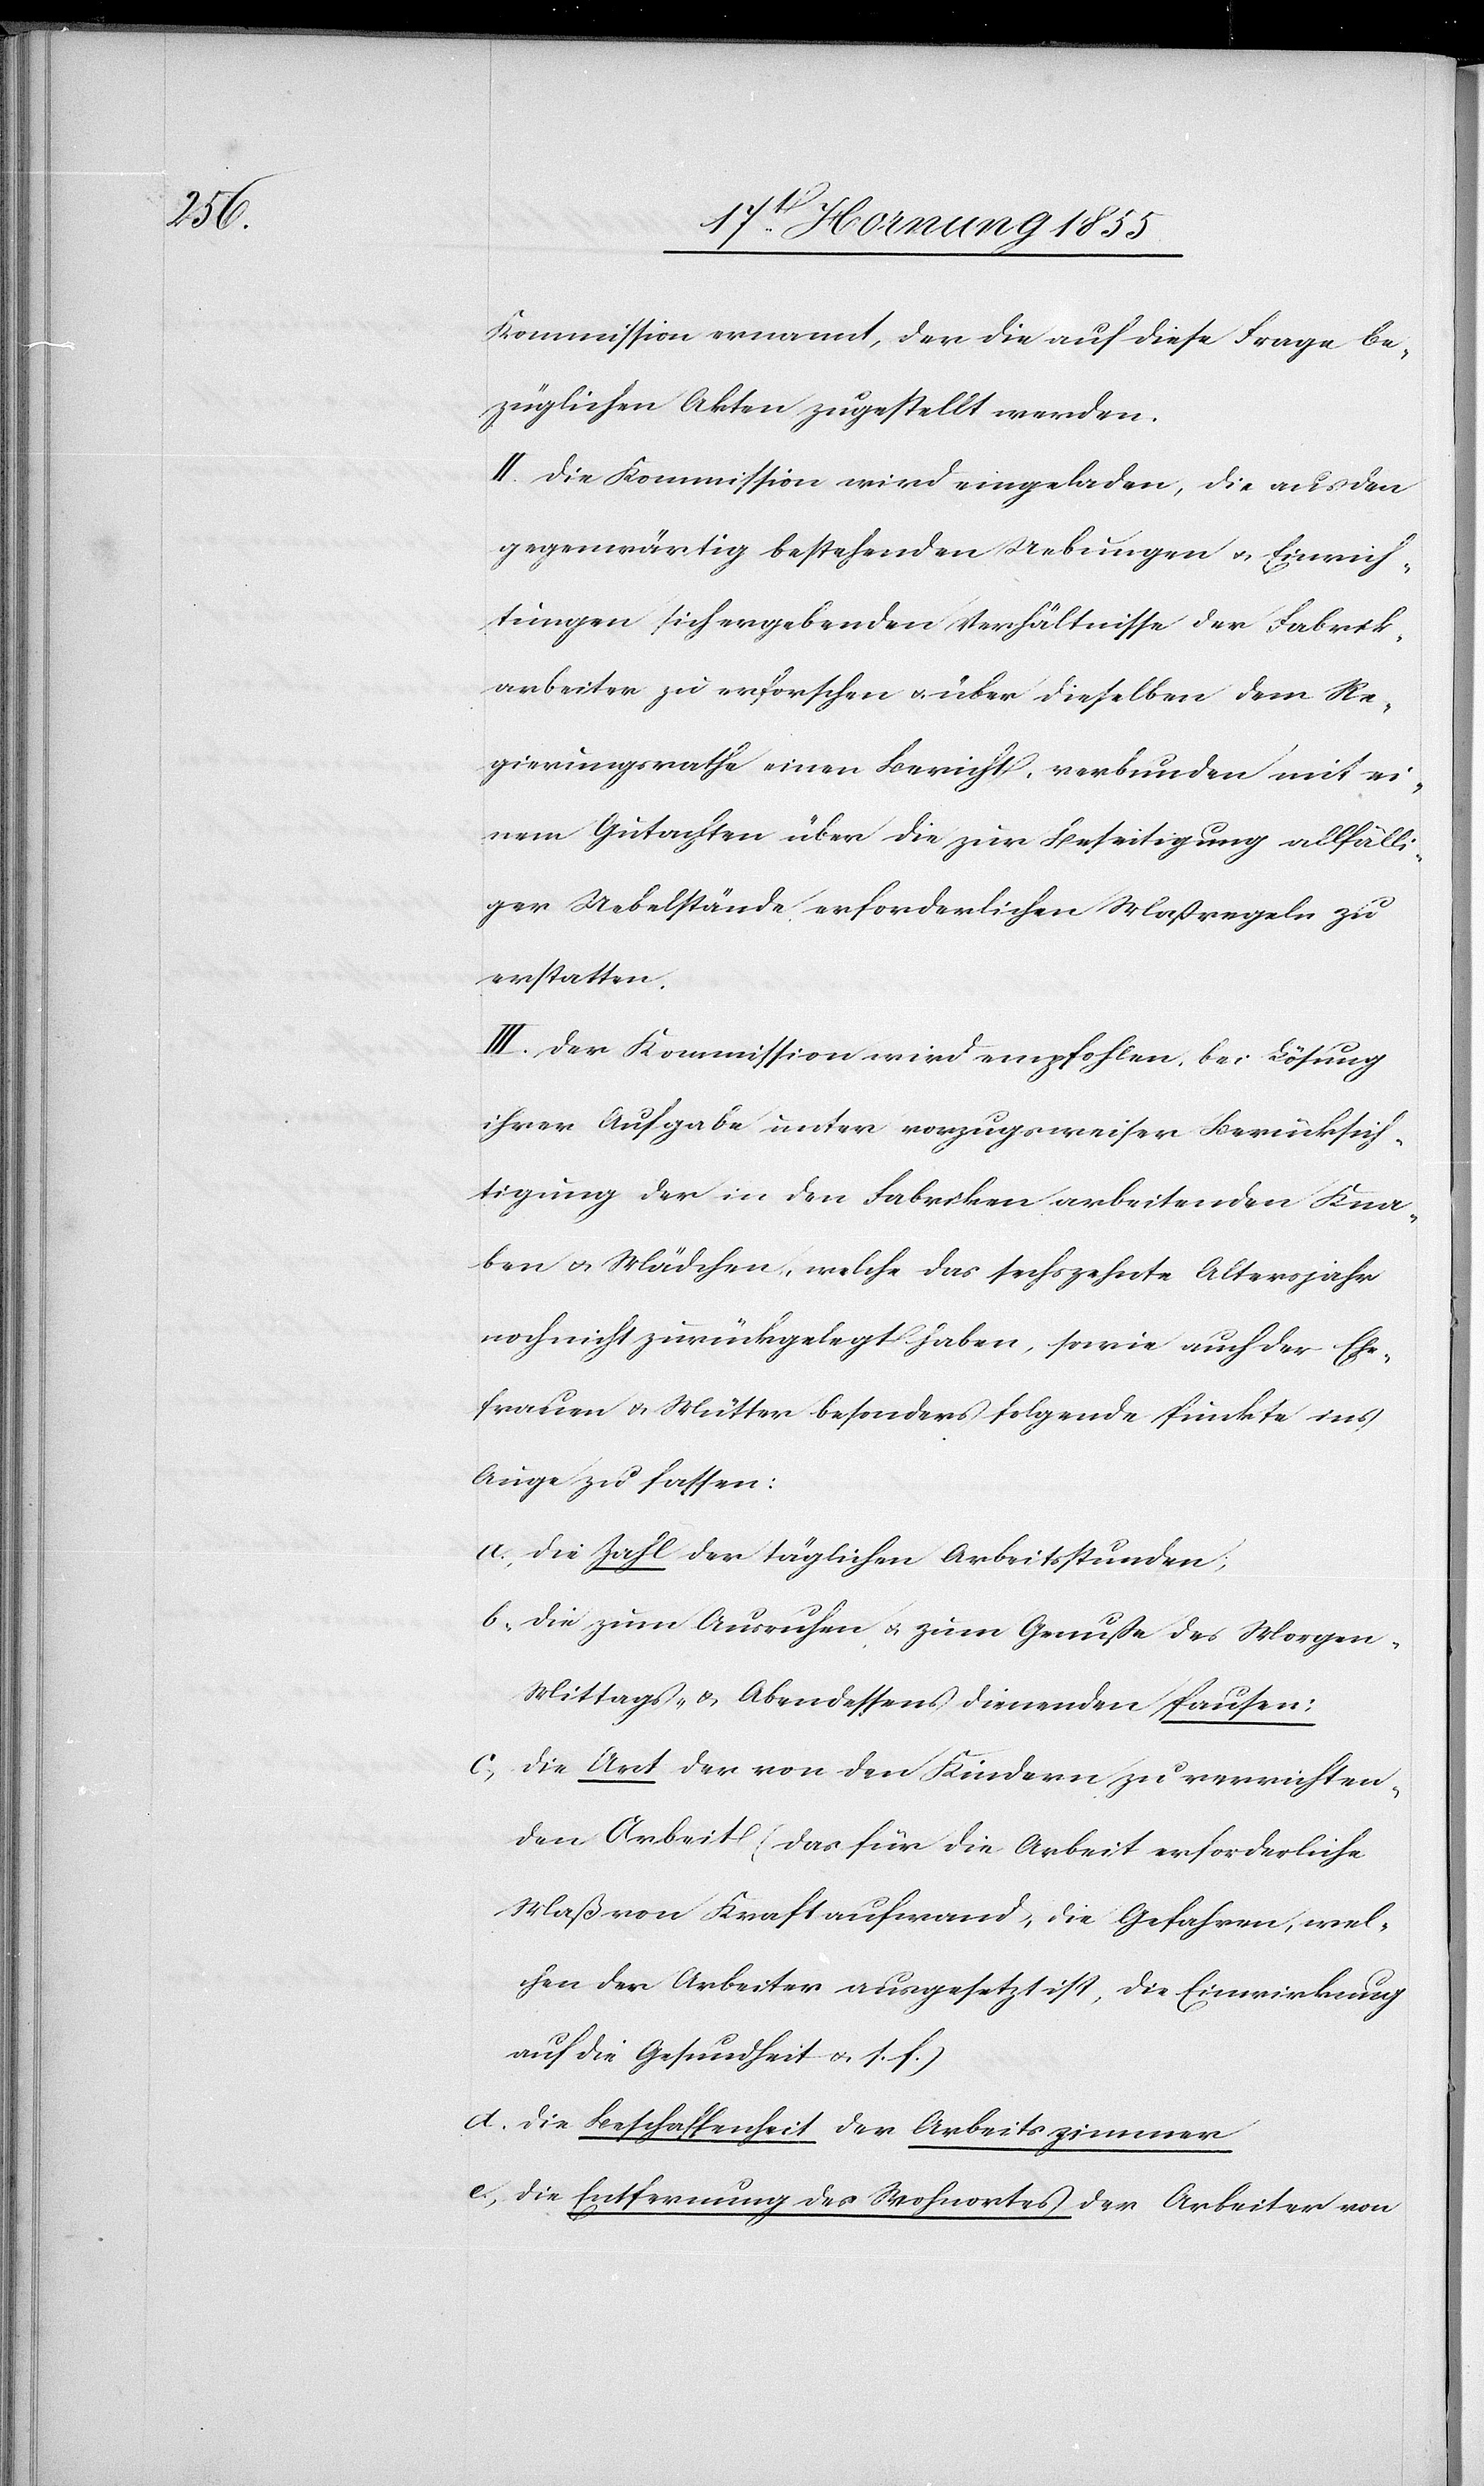
d.

Kommission ernannt, der die auf diese Frage be¬
züglichen Akten zugestellt werden.
II. Die Kommission wird eingeladen, die aus den
gegenwärtig bestehenden Uebungen & Einrich¬
tungen sich ergebenden Verhältnisse der Fabrik¬
arbeiter zu erforschen & über dieselben dem Re¬
gierungsrathe einen Bericht, verbunden mit ei¬
nem Gutachten über die zur Beseitigung allfälli¬
ger Uebelstände erforderlichen Maßregeln zu
erstatten.
III. Der Kommission wird empfohlen, bei Lösung
ihrer Aufgabe unter vorzugsweiser Berücksich¬
tigung der in den Fabriken arbeitenden Kna¬
ben & Mädchen, welche das sechszehnte Altersjahr
noch nicht zurückgelegt haben, sowie auch der Ehe¬
frauen & Mütter besonders folgende Punkte ins
Auge zu fassen:
die Zahl der täglichen Arbeitsstunden,
die zum Ausruhen & zum Genuße des Morgen-[,]
Mittags- & Abendessens dienenden Pausen;
die Art der von den Kindern zu verrichten¬
den Arbeit (das für die Arbeit erforderliche
Maß von Kraftaufwand, die Gefahren, wel¬
chen der Arbeiter ausgesetzt ist, die Einwirkung
auf die Gesundheit & s. f.)
die Beschaffenheit der Arbeitszimmer
die Entfernung des Wohnortes der Arbeiter von